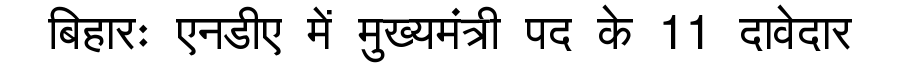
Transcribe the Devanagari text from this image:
बिहारः एनडीए में मुख्यमंत्री पद के 11 दावेदार